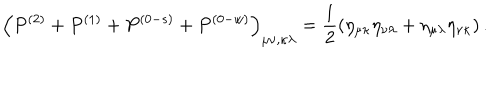
LaTeX: \left( P ^ { ( 2 ) } + P ^ { ( 1 ) } + P ^ { ( 0 - s ) } + P ^ { ( 0 - w ) } \right) _ { \mu \nu , \kappa \lambda } = \frac 1 2 \left( \eta _ { \mu \kappa } \eta _ { \nu \lambda } + \eta _ { \mu \lambda } \eta _ { \nu \kappa } \right) .